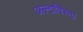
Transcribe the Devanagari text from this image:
अल्टाविस्टा